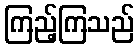
ကြည့်ကြသည်